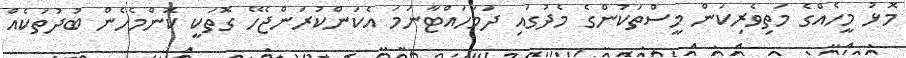
މޮޅު މީހެއްގެ މަތިވެރިކަން މީސްތަކުންގެ މެދުގައި ދަމަހައްޓާނަމަ އެކަންކުރަންޖެހޭ ގޮތަކީ ކޮންމެހެން ބުދުތަކެއް